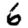
Digit: 6